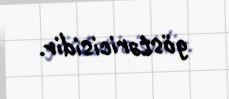
göstəricisidir.